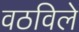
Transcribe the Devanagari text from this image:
वठविले